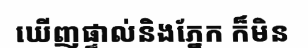
ឃើញផ្ទាល់និងភ្នែក ក៏មិន